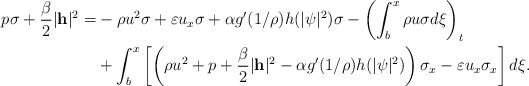
LaTeX: \begin{align*}p\sigma + \frac{\beta}{2}|\mathbf{h}|^2=&-\rho u^2\sigma + \varepsilon u_x\sigma+\alpha g'(1/\rho)h(|\psi|^2)\sigma - \left( \int_b^x \rho u \sigma d\xi \right)_t \\&+ \int_b^x\left[\left(\rho u^2 + p + \frac{\beta}{2}|\mathbf{h}|^2-\alpha g'(1/\rho)h(|\psi|^2)\right)\sigma_x - \varepsilon u_x\sigma_x \right]d\xi.\end{align*}